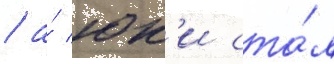
/ а́ юк'и ста́л